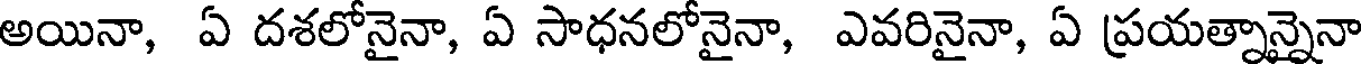
అయినా, ఏ దశలోనైనా, ఏ సాధనలోనైనా, ఎవరినైనా, ఏ ప్రయత్నాన్నైనా